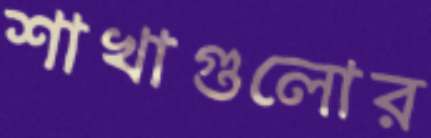
শাখাগুলোর